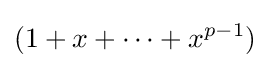
(1+x+\dots +x^{p-1})